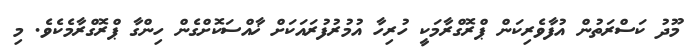
މޫދު ކަސްރަތުން އުފާވެރިކަން ޕްރޮގްްރާމަކީ ހުރިހާ އުމުރުފުރައަކަށް ޚާއްސަކޮށްގެން ހިންގާ ޕްރޮގްރާމެކެވެ. މި